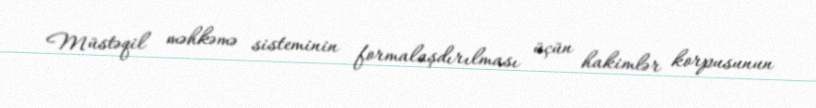
Müstəqil məhkəmə sisteminin formalaşdırılması üçün hakimlər korpusunun